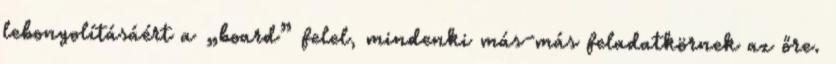
lebonyolításáért a „board” felel, mindenki más-más feladatkörnek az őre.